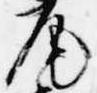
尾